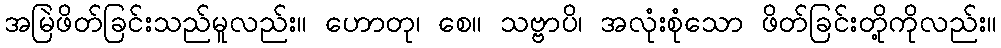
အမြဲဖိတ်ခြင်းသည်မူလည်း။ ဟောတု၊ စေ။ သဗ္ဗာပိ၊ အလုံးစုံသော ဖိတ်ခြင်းတို့ကိုလည်း။